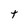
Character: t